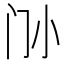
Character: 𡭜